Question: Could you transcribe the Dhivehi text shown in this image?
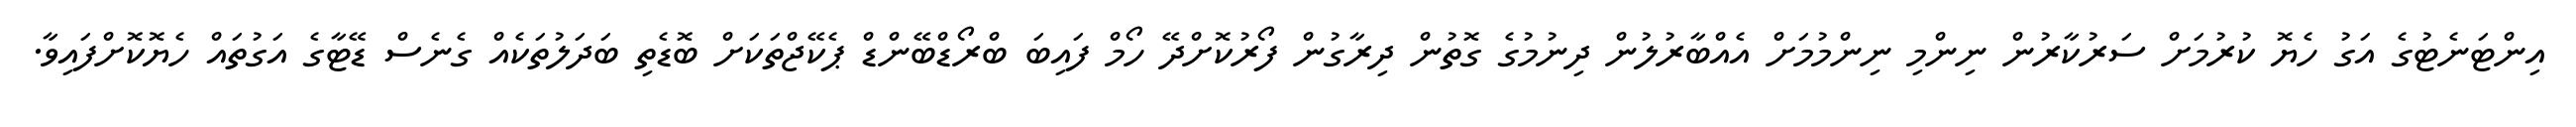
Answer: އިންޓަނެޓުގެ އަގު ހެޔޮ ކުރުމަށް ސަރުކާރުން ނިންމި ނިންމުމަށް އެއްބާރުލުން ދިނުމުގެ ގޮތުން ދިރާގުން ފޯރުކޮށްދޭ ހޯމް ފައިބަ ބްރޯޑްބޭންޑް ޕެކޭޖްތަކަށް ބޮޑެތި ބަދަލުތަކެއް ގެނެސް ޑޭޓާގެ އަގުތައް ހެޔޮކޮށްފައިވާ.